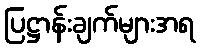
ပြဋ္ဌာန်းချက်များအရ